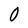
Character: O